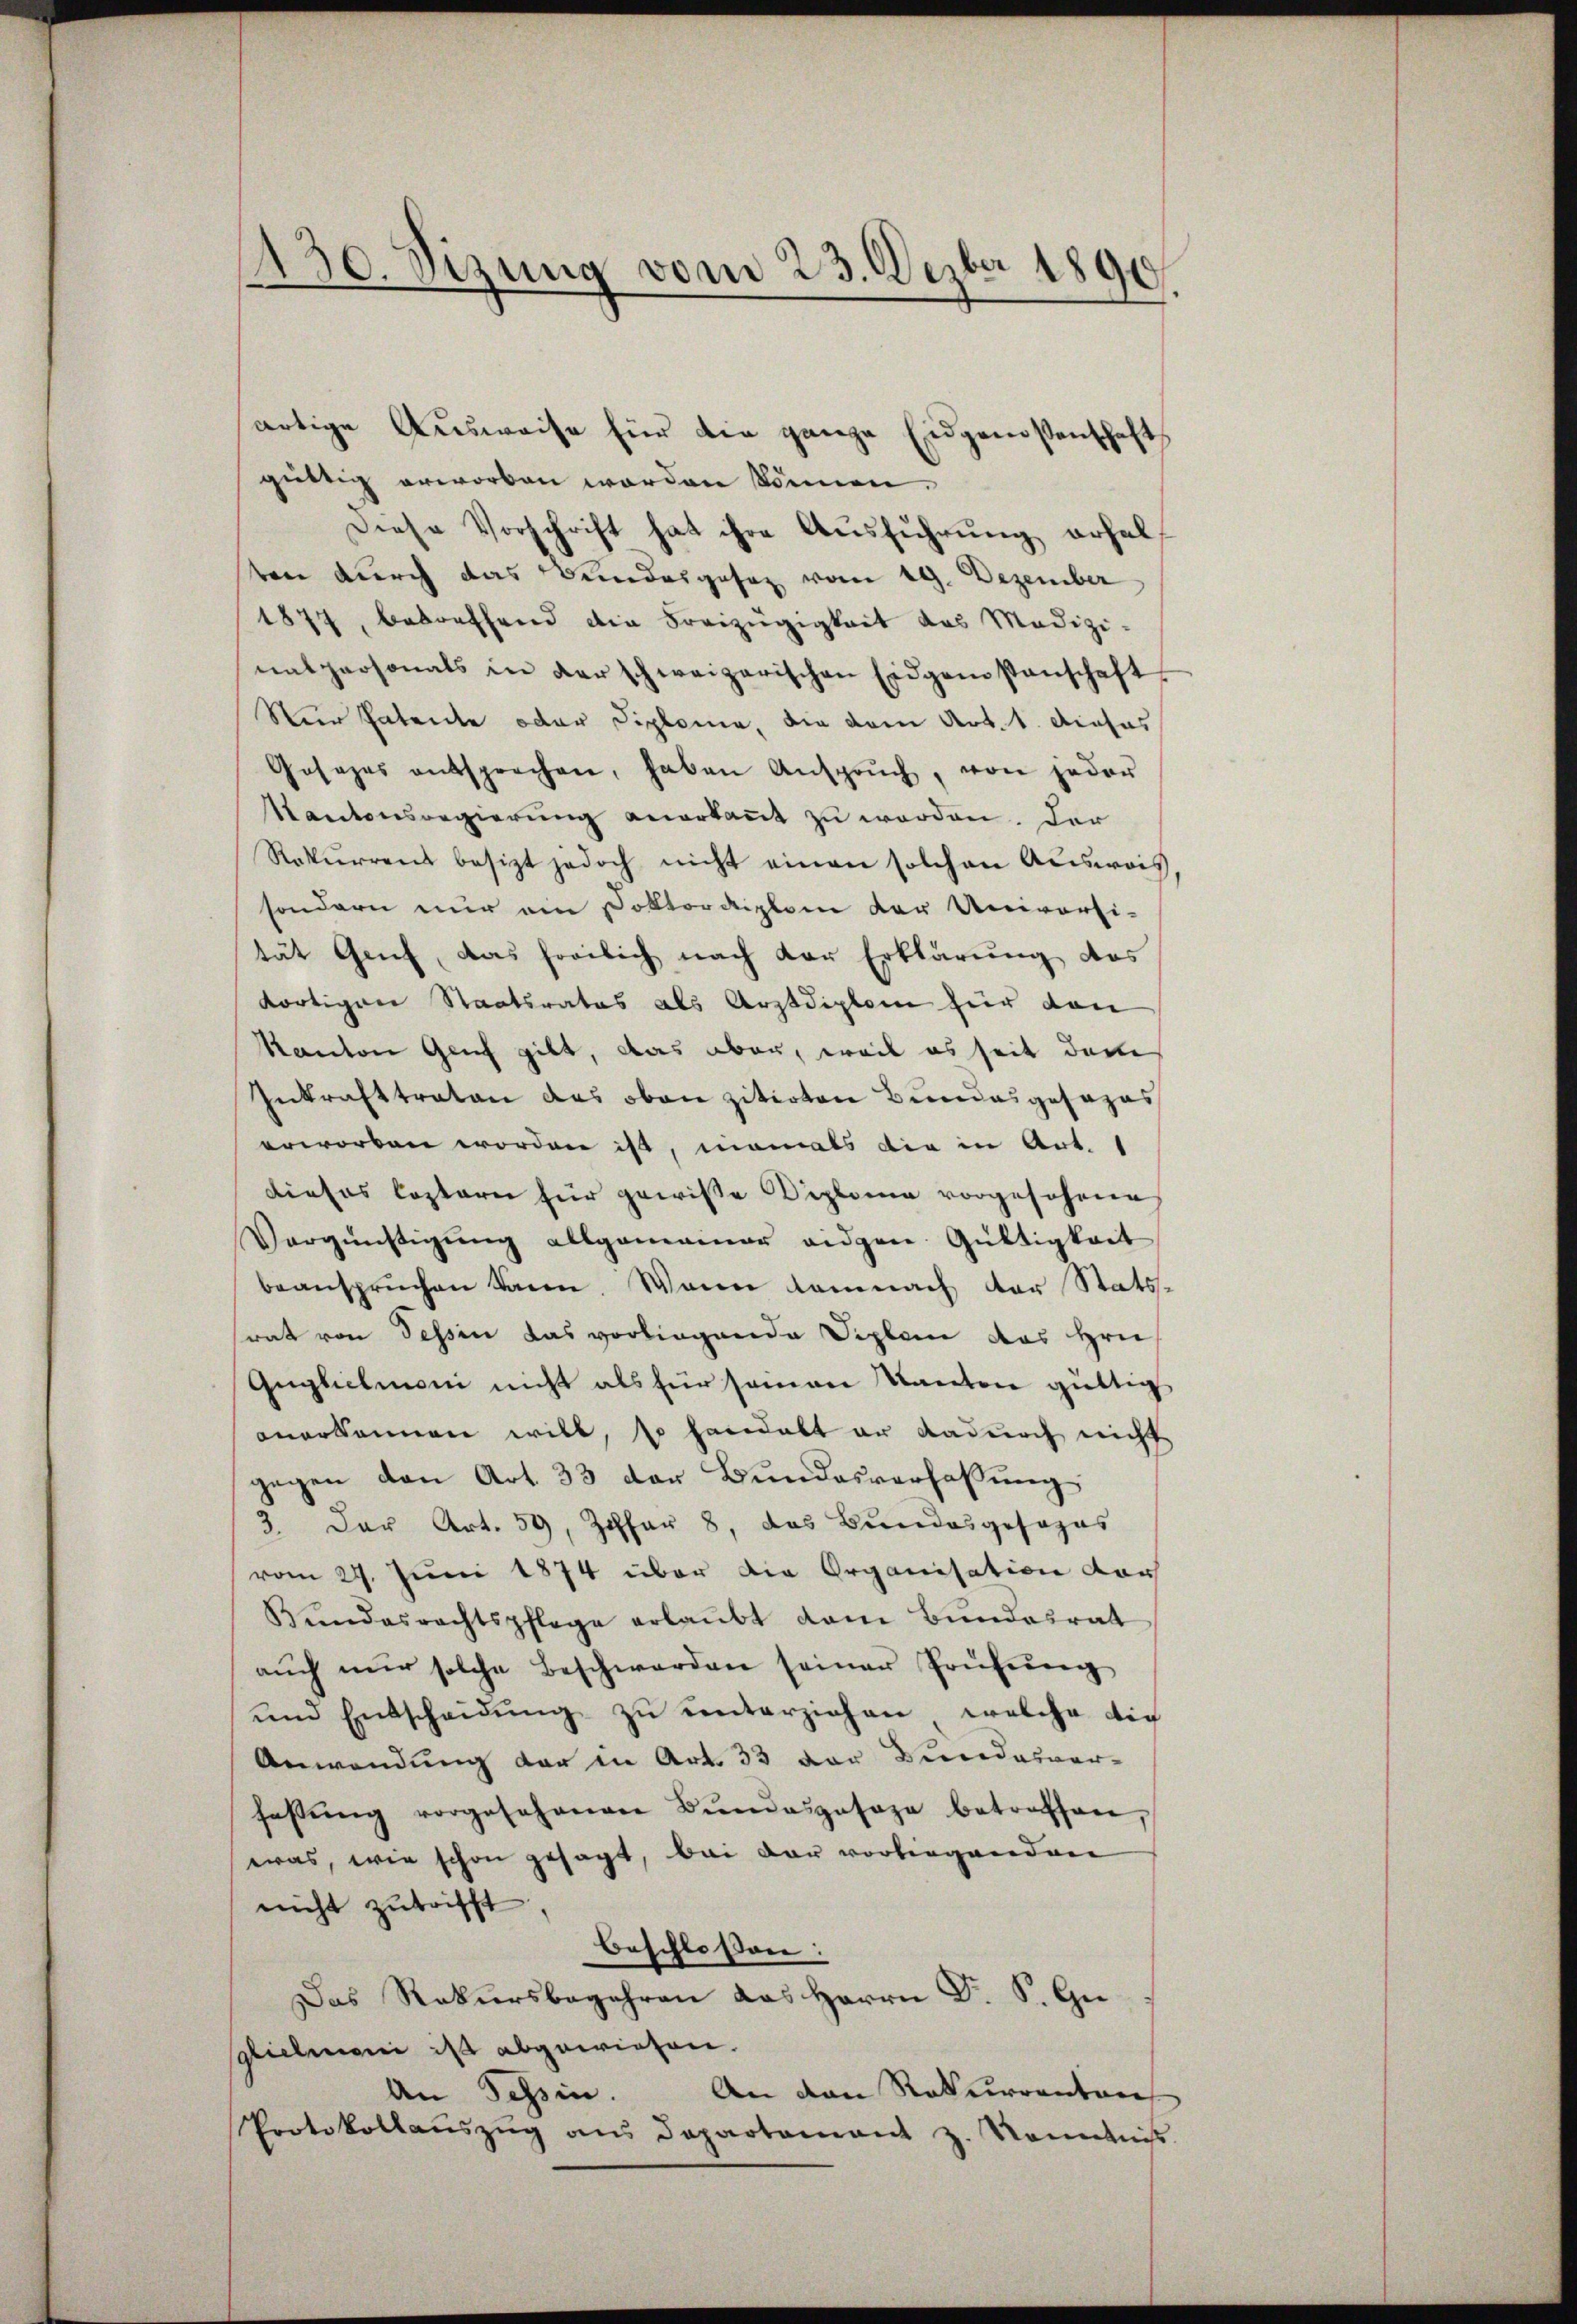
430. Sizung vom 23. Dezbr 1890.
—

artige Ausweise für die ganze Eidgenossenschaft
güttig erworben worden können.
Diese Vorschrift hat ihre Aŭsführŭng erhal
ten durch das Bundesgesez vom 19. Dezember
1877, betreffend die Freizügigkeit das Medizi-
natpersonals in der schweizerischen Eidgenstanschaft
Nur Patente oder Diplome die vom Art. 1. Dieses
Gesezes entsprechen, haben Ansprŭch, von jeder
Kantonsregierung anerkaṅt zu werden. Der
Rekŭrrenz besizt jedoch nicht einen solchen Aŭsweis
sondern nur am Doktordiplom der Universi-
tät Genf, das freilich nach der Erklärŭng des
dortigen Staatsrates als Arztdiplom für den
Kanton Genf gibt, das aber, weil es seit dere
Inkrafttreten das oben zitirten Bundesgesezes
erworben worden ist, niemals die in Art.
dieses leztern für gewisse Diploma vorgesehene
Vergünstigŭng allgemeiner eidgen. Gültigkeit
beanspruchen kann. Wenn demnach der Statssrat von Tessin das vorliegende Siplan das Hrn.
Guglichmoni nicht als für seien Kanton güttig
anerkennen will, so handelt er dadurch nicht
gegen den Art. 33 der Bundesverfassung
3. Der Art. 50, Zoffar 8, das Bundesgesezes
vom 27. Juni 1874 über die Organisation der
Bŭndesrechtspflege erlaŭbt dem Bŭndesrat
aŭch nŭr solche Beschwerden seiner Prüfŭng
und Entscheidŭng zŭ ŭnterziehen, welche dic
Anwendung der in Art. 33 der Bundesver-
fassŭng vorgesehenen Bŭndesgesage betreffen,
was, wie schon gesagt, bei der vorliegendene
nicht zutrifft
beschlossen:
Das Rekursbegehren das Herrn Dr. S. Guslichmoni ist abgewiesen.
An den Rekurrentars
An Tessin.
Protokollaŭszŭg ans Departement z. Sonntnis.